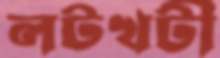
লটখটী